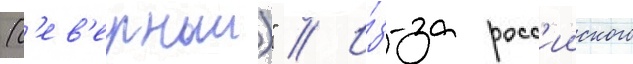
(с'ев'ерныи)" // И́з-за росс'ииского